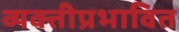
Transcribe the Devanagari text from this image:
व्यक्तीप्रभावित